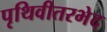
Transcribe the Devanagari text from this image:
पृथिवीतरभेद